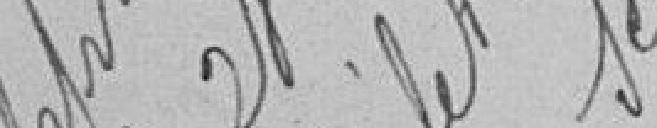
Belfort le 28 décembre1908